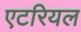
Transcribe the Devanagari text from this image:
एटरियल